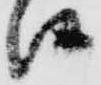
候